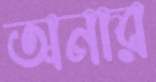
অনার